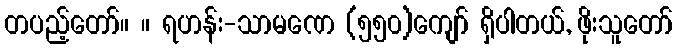
တပည့်တော်။ ။ ရဟန်း-သာမဏေ (၅၅၀)ကျော် ရှိပါတယ်, ဖိုးသူတော်